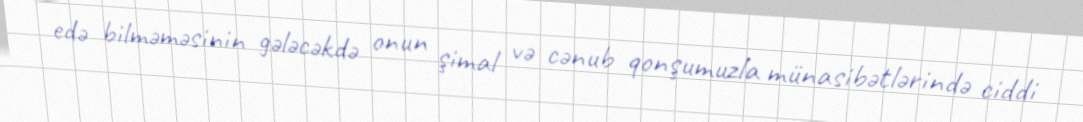
edə bilməməsinin gələcəkdə onun şimal və cənub qonşumuzla münasibətlərində ciddi